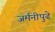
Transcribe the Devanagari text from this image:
जर्मनीपुढे